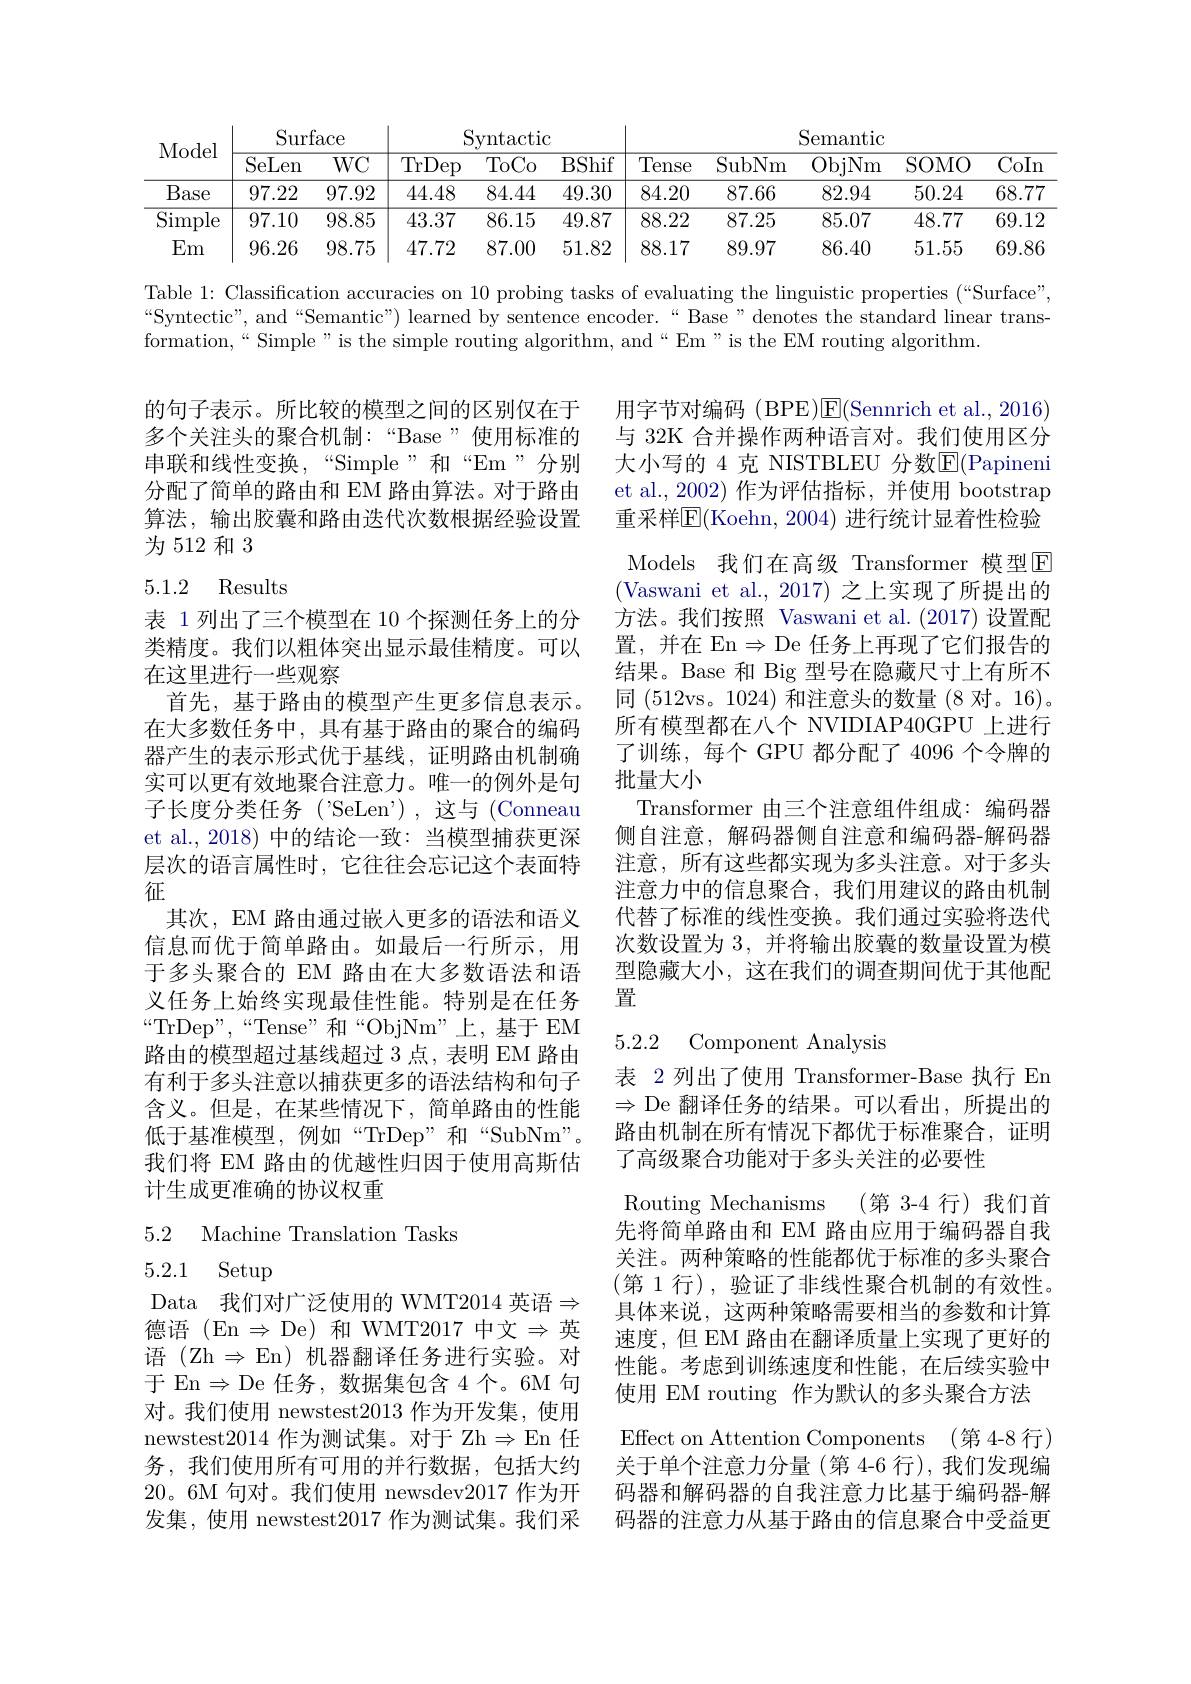
<table>
	<tbody>
		<tr>
			<th rowspan="2">Model</th>
			<th colspan="2">$\operatorname{Surface}$</th>
			<th colspan="3">Syntactic</th>
			<th> </th>
			<th colspan="4">Semantic</th>
		</tr>
		<tr>
			<th>SeLen</th>
			<th>$WC$</th>
			<th>$\overline{\mathrm{TrDep}}$</th>
			<th>$\overline{\mathrm{ToCo}}$</th>
			<th>BShif</th>
			<th>Tense</th>
			<th>SubNm</th>
			<th>ObjNm</th>
			<th>SOMO</th>
			<th>CoIn</th>
		</tr>
		<tr>
			<td>Base</td>
			<td>97.22</td>
			<td>97.92</td>
			<td>44.48</td>
			<td>84.44</td>
			<td>49.30</td>
			<td>84.20</td>
			<td>87.66</td>
			<td>82.94</td>
			<td>50.24</td>
			<td>68.77</td>
		</tr>
		<tr>
			<td>Simple</td>
			<td>97.10</td>
			<td>98.85</td>
			<td>43.37</td>
			<td>86.15</td>
			<td>49.87</td>
			<td>88.22</td>
			<td>87.25</td>
			<td>85.07</td>
			<td>48.77</td>
			<td>69.12</td>
		</tr>
		<tr>
			<td>Em</td>
			<td>96.26</td>
			<td>98.75</td>
			<td>47.72</td>
			<td>87.00</td>
			<td>51.82</td>
			<td>88.17</td>
			<td>89.97</td>
			<td>86.40</td>
			<td>51.55</td>
			<td>69.86</td>
		</tr>
	</tbody>
</table>

Table 1: Classification accuracies on 10 probing tasks of evaluating the linguistic properties (“Surface”) “Syntectic”, and“Semantic”) learned by sentence encoder.“Base” denotes the standard linear trans formation,“Simple”is the simple routing algorithm, and“Em”is the EM routing algorithm.

的句子表示。所比较的模型之间的区别仅在于多个关注头的聚合机制：“Base”使用标准的串联和线性变换，“Simple”和“Em”分别分配了简单的路由和 EM 路由算法。对于路由算法，输出胶囊和路由迭代次数根据经验设置为512和3

## 5.1.2 Results

用字节对编码 (BPE)$\overline \mathrm{E}($Sennrich et al.,2016) 与 32K 合并操作两种语言对。我们使用区分大小写的 4 克 NISTBLEU 分数E(Papineni et al., 2002) 作为评估指标，并使用 bootstrap 重采样$\mathbb{E}($Koehn, 2004) 进行统计显着性检验Models 我们在高级 Transformer 模型E (Vaswani et al., 2017) 之上实现了所提出的方法。我们按照 Vaswani et al.(2017) 设置配置，并在 En$\Rightarrow$De 任务上再现了它们报告的结果。Base 和 Big 型号在隐藏尺寸上有所不同(512vs。1024)和注意头的数量(8 对。16)。所有模型都在八个 NVIDIAP40GPU 上进行了训练，每个 GPU 都分配了 4096 个令牌的批量大小
Transformer 由三个注意组件组成：编码器侧自注意，解码器侧自注意和编码器-解码器注意，所有这些都实现为多头注意。对于多头注意力中的信息聚合，我们用建议的路由机制代替了标准的线性变换。我们通过实验将迭代次数设置为 3, 并将输出胶囊的数量设置为模型隐藏大小，这在我们的调查期间优于其他配置

表 1 列出了三个模型在 10 个探测任务上的分类精度。我们以粗体突出显示最佳精度。可以在这里进行一些观察
首先，基于路由的模型产生更多信息表示。在大多数任务中，具有基于路由的聚合的编码器产生的表示形式优于基线，证明路由机制确实可以更有效地聚合注意力。唯一的例外是句子长度分类任务('SeLen'),这与(Conneau et al.,2018) 中的结论一致：当模型捕获更深层次的语言属性时，它往往会忘记这个表面特征
其次，EM 路由通过嵌入更多的语法和语义信息而优于简单路由。如最后一行所示，用于多头聚合的 EM 路由在大多数语法和语义任务上始终实现最佳性能。特别是在任务“TrDep”,“Tense”和“ObjNm”上，基于EM 路由的模型超过基线超过 3 点，表明 EM 路由有利于多头注意以捕获更多的语法结构和句子含义。但是，在某些情况下，简单路由的性能低于基准模型，例如“TrDep”和“SubNm”。我们将 EM 路由的优越性归因于使用高斯估计生成更准确的协议权重

## 5.2.2 Component Analysis

5.2 Machine Translation Tasks

表 2 列出了使用 Transformer-Base 执行 En $\Rightarrow$ De 翻译任务的结果。可以看出，所提出的路由机制在所有情况下都优于标准聚合，证明了高级聚合功能对于多头关注的必要性
Routing Mechanisms (第 3-4 行)我们首先将简单路由和 EM 路由应用于编码器自我关注。两种策略的性能都优于标准的多头聚合(第 1 行),验证了非线性聚合机制的有效性。具体来说，这两种策略需要相当的参数和计算速度，但 EM 路由在翻译质量上实现了更好的性能。考虑到训练速度和性能，在后续实验中使用 EM routing 作为默认的多头聚合方法Effect on Attention Components (第4-8 行) 关于单个注意力分量(第4-6 行),我们发现编码器和解码器的自我注意力比基于编码器-解码器的注意力从基于路由的信息聚合中受益更

5.2.1 Setup
Data 我们对广泛使用的 WMT2014 英语$\Rightarrow$ 德语 (En $\Rightarrow$De)和 WMT2017 中文$\Rightarrow$英语 (Zh $\Rightarrow$ En)机器翻译任务进行实验。对于 En$\Rightarrow$De 任务，数据集包含 4个。6M 句对。我们使用 newstest2013 作为开发集，使用newstest2014 作为测试集。对于 Zh$\Rightarrow$En 任务，我们使用所有可用的并行数据，包括大约20。6M 句对。我们使用 newsdev2017 作为开发集，使用 newstest2017 作为测试集。我们采